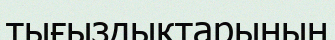
тығыздыктарының